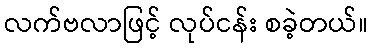
လက်ဗလာဖြင့် လုပ်ငန်း စခဲ့တယ်။